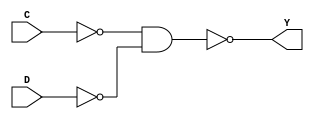
module C9_3_OR (C, D, Y);
  input wire C, D;
  output wire Y;

  wire G, H;

  nand  #1 g3(G,C);
  nand  #1 g4(H,D);
  nand  #2 g5(Y,G,H);

endmodule